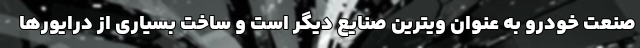
صنعت خودرو به عنوان ویترین صنایع دیگر است و ساخت بسیاری از درایورها